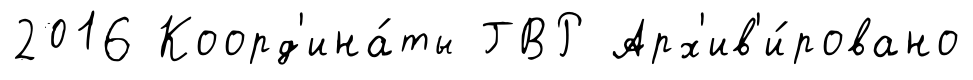
2016 Коорд'ина́ты ГВР Арх'ив'и́ровано